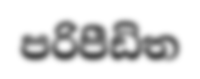
පරිපීඩිත